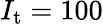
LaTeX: I_{\mathrm{t}}=100